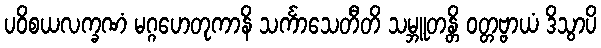
ပဝိစယလက္ခဏံ မဂ္ဂဟေတုကာနိ သင်္ကာသေတီတိ သမ္ဘူတန္တိ ဝတ္တဗ္ဗာယံ ဒိသွာပိ